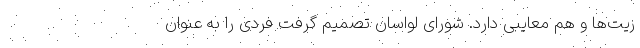
زیت‌ها و هم معایبی دارد. شورای لواسان تصمیم گرفت فردی را به عنوان